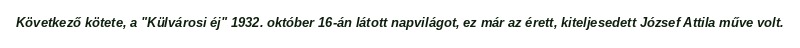
Következő kötete, a "Külvárosi éj" 1932. október 16-án látott napvilágot, ez már az érett, kiteljesedett József Attila műve volt.